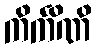
ကိင်္ကိဏိ